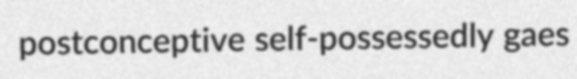
postconceptive self-possessedly gaes